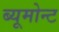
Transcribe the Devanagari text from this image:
ब्यूमोन्ट